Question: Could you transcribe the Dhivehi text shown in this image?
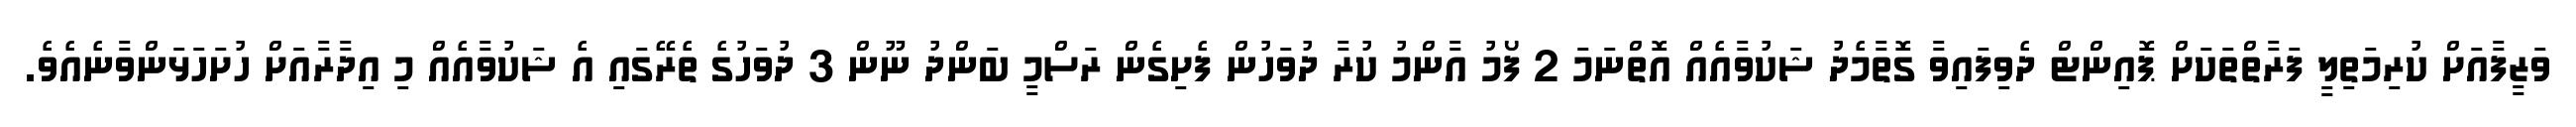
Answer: ވަޒީފާއަށް ކުރިމަތިލީ ފަރާތްތަކަށް ޕޮއިންޓް ދެވިފައިވާ ގޮތާމެދު ޝަކުވާއެއް އޮތްނަމަ 2 ފޯމު އާންމު ކުރާ ދުވަހުން ފެށިގެން ރަސްމީ ބަންދު ނޫން 3 ދުވަހުގެ ތެރޭގައި އެ ޝަކުވާއެއް މި އިދާރާއަށް ހުށަހަޅަންވާނެއެވެ.